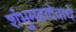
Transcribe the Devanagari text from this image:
शंभुमहादेवाचे